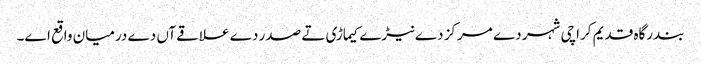
بندرگاہ قدیم کراچی شہر دے مرکز دے نیڑے کیماڑی تے صدر دے علاقےآں دے درمیان واقع ا‏‏ے۔